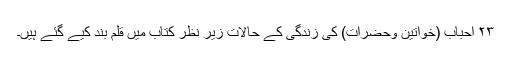
۲۳ احباب (خواتین وحضرات) کی زندگی کے حالات زیر نظر کتاب میں قلم بند کیے گئے ہیں۔